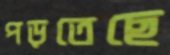
পড়তেছে